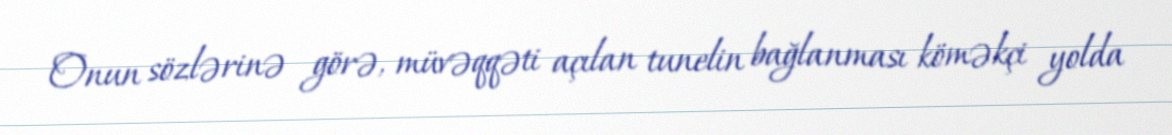
Onun sözlərinə görə, müvəqqəti açılan tunelin bağlanması köməkçi yolda